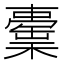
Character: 𣞉